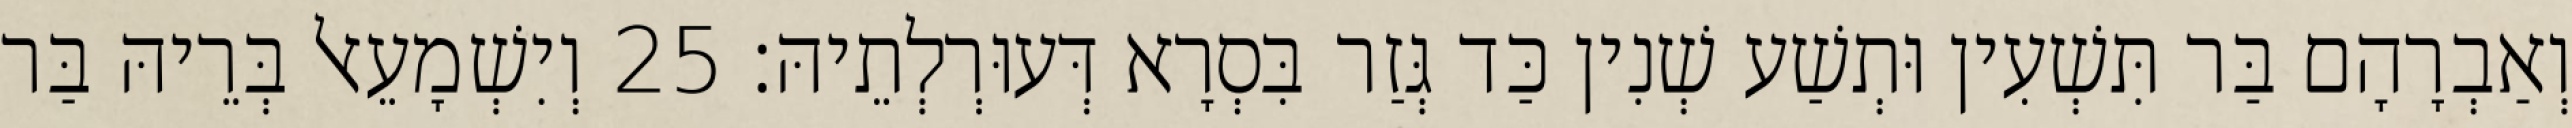
וְאַבְרָהָם בַּר תִּשְׁעִין וּתְשַׁע שְׁנִין כַּד גְּזַר בִּסְרָא דְּעוּרְלְתֵיהּ׃ 25 וְיִשְׁמָעֵאל בְּרֵיהּ בַּר